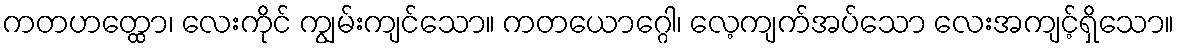
ကတဟတ္ထော၊ လေးကိုင် ကျွမ်းကျင်သော။ ကတယောဂ္ဂေါ၊ လေ့ကျက်အပ်သော လေးအကျင့်ရှိသော။